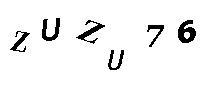
ZUZU76